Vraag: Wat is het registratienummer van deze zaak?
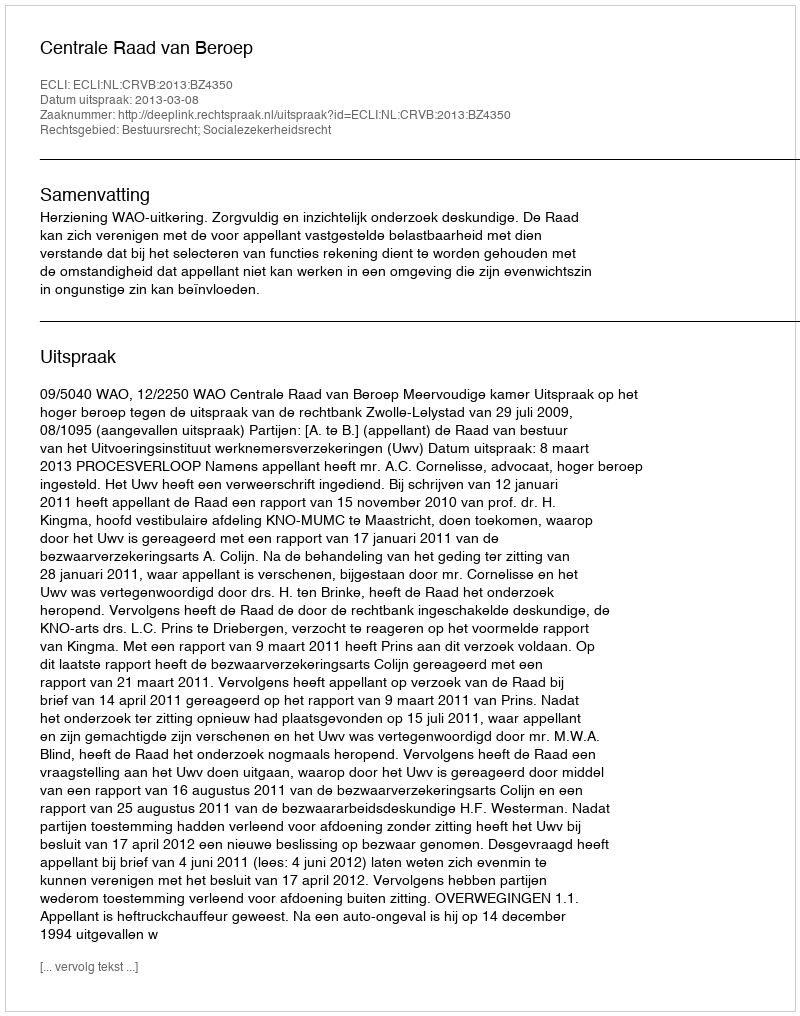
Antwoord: http://deeplink.rechtspraak.nl/uitspraak?id=ECLI:NL:CRVB:2013:BZ4350